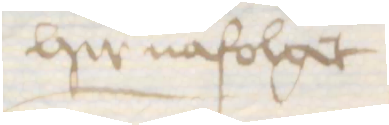
hir nafolget